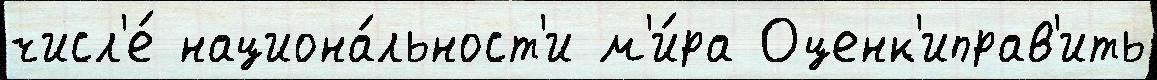
числ'е́ национа́льност'и м'и́ра Оценк'иправ'ить